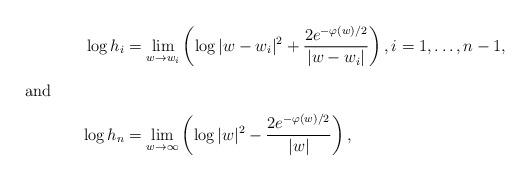
LaTeX: \begin{align*}\log h_{i} & =\lim_{w\rightarrow w_{i}}\left(\log|w-w_{i}|^{2}+\frac{2e^{-\varphi(w)/2}}{|w-w_{i}|}\right),i=1,\dots,n-1,\\\intertext{and}\log h_{n} & =\lim_{w\rightarrow\infty}\left(\log|w|^{2}-\frac{2e^{-\varphi(w)/2}}{|w|}\right),\end{align*}